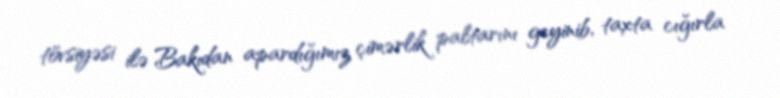
tövsiyəsi ilə Bakıdan apardığımız çimərlik paltarını geyinib, taxta cığırla